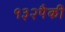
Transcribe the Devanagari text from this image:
१३२पैकी